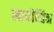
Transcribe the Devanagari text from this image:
मायोसिन